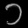
Digit: ၁